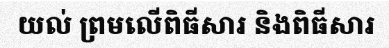
យល់ ព្រមលើពិធីសារ និងពិធីសារ